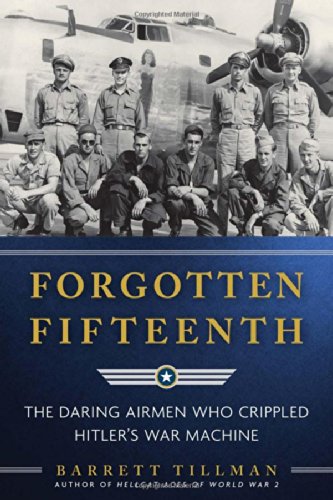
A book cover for Forgotten Fifteenth: The Daring Airmen Who Crippled Hitler's War Machine; Barrett Tillman; History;